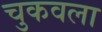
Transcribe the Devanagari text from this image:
चुकवला